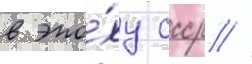
в эпо́ху ссср //